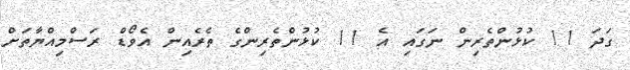
ގަދަ 11 ކުޅުންތެރިން ނަގައި އެ 11 ކުޅުންތެރިންގެ ތެރެއިން އެވޯޑް ރަސްމިއްޔާތަށް